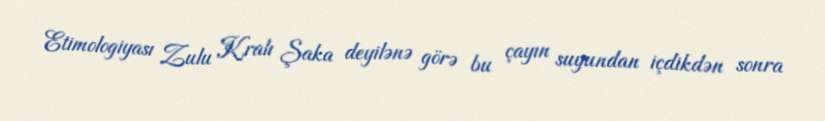
Etimologiyası Zulu Kralı Şaka deyilənə görə bu çayın suyundan içdikdən sonra